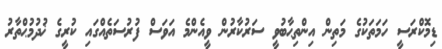
ޑިމޮކްރަސީ ހަމަތަކުގެ މަތިން އިންތިޙާބުވީ ސަރުކާރުން ވީއެންމެ އަވަސް ފުރުސަތެއްގައި ކުރީގެ ޚުދުމުޙްތާރު